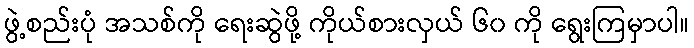
ဖွဲ့စည်းပုံ အသစ်ကို ရေးဆွဲဖို့ ကိုယ်စားလှယ် ၆၀ ကို ရွေးကြမှာပါ။